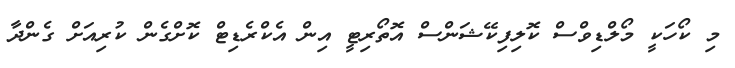
މި ކޯހަކީ މޯލްޑިވްސް ކޮލިފިކޭޝަންސް އޮތޯރިޓީ އިން އެކްރެޑިޓް ކޮށްގެން ކުރިއަށް ގެންދާ